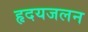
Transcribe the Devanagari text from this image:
हृदयजलन